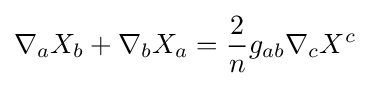
\nabla _{a}X_{b}+\nabla _{b}X_{a}={\frac {2}{n}}g_{ab}\nabla _{c}X^{c}